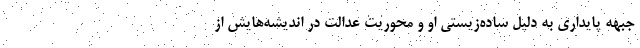
جبهه پایداری به دلیل ساده‌زیستی او و محوریت عدالت در اندیشه‌هایش از